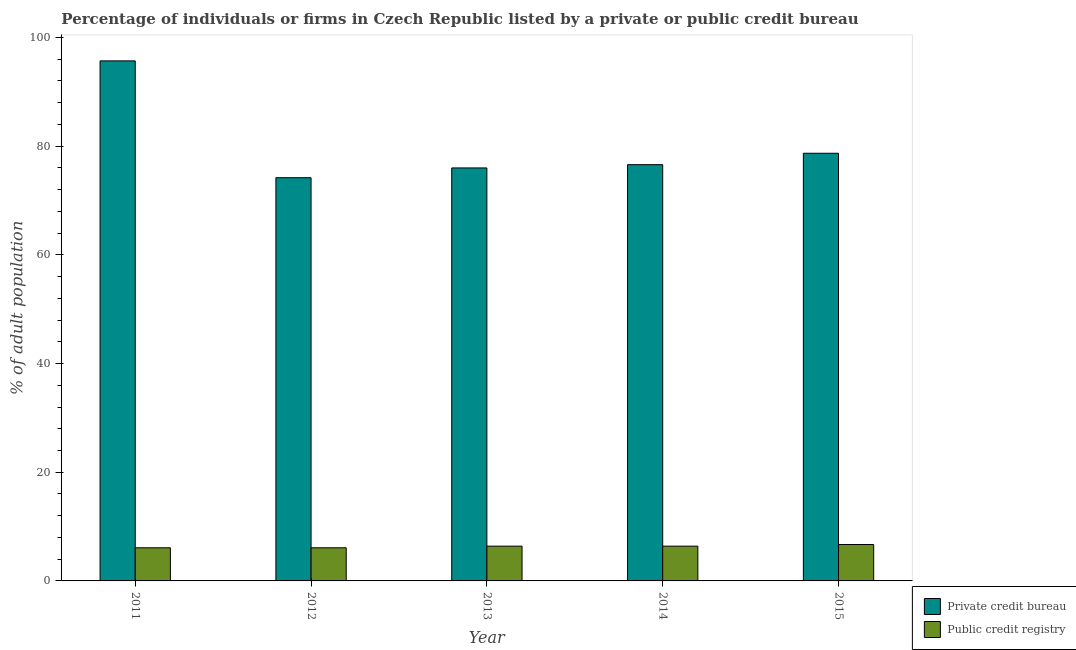
| Year | Private credit bureau | Public credit registry |
 | --- | --- | --- |
 | 2011 | 95.7 | 6.1 |
 | 2012 | 74.2 | 6.1 |
 | 2013 | 76 | 6.4 |
 | 2014 | 76.6 | 6.4 |
 | 2015 | 78.7 | 6.7 |